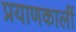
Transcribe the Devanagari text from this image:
प्रयाणकालीं